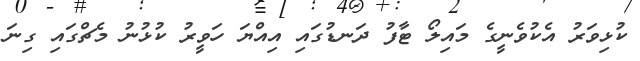
ކުޅިވަރު އެކުވެނީގެ މައިލޯ ޓާފު ދަނޑުގައި އިއްޔަ ހަވީރު ކުޅުނު މެޗްގައި ގިނަ